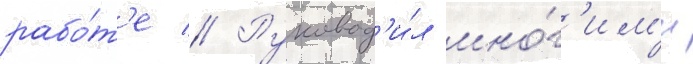
рабо́т'е // Руковод'и́л мно́г'им'и